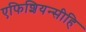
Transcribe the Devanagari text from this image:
एफिशियन्सीहि